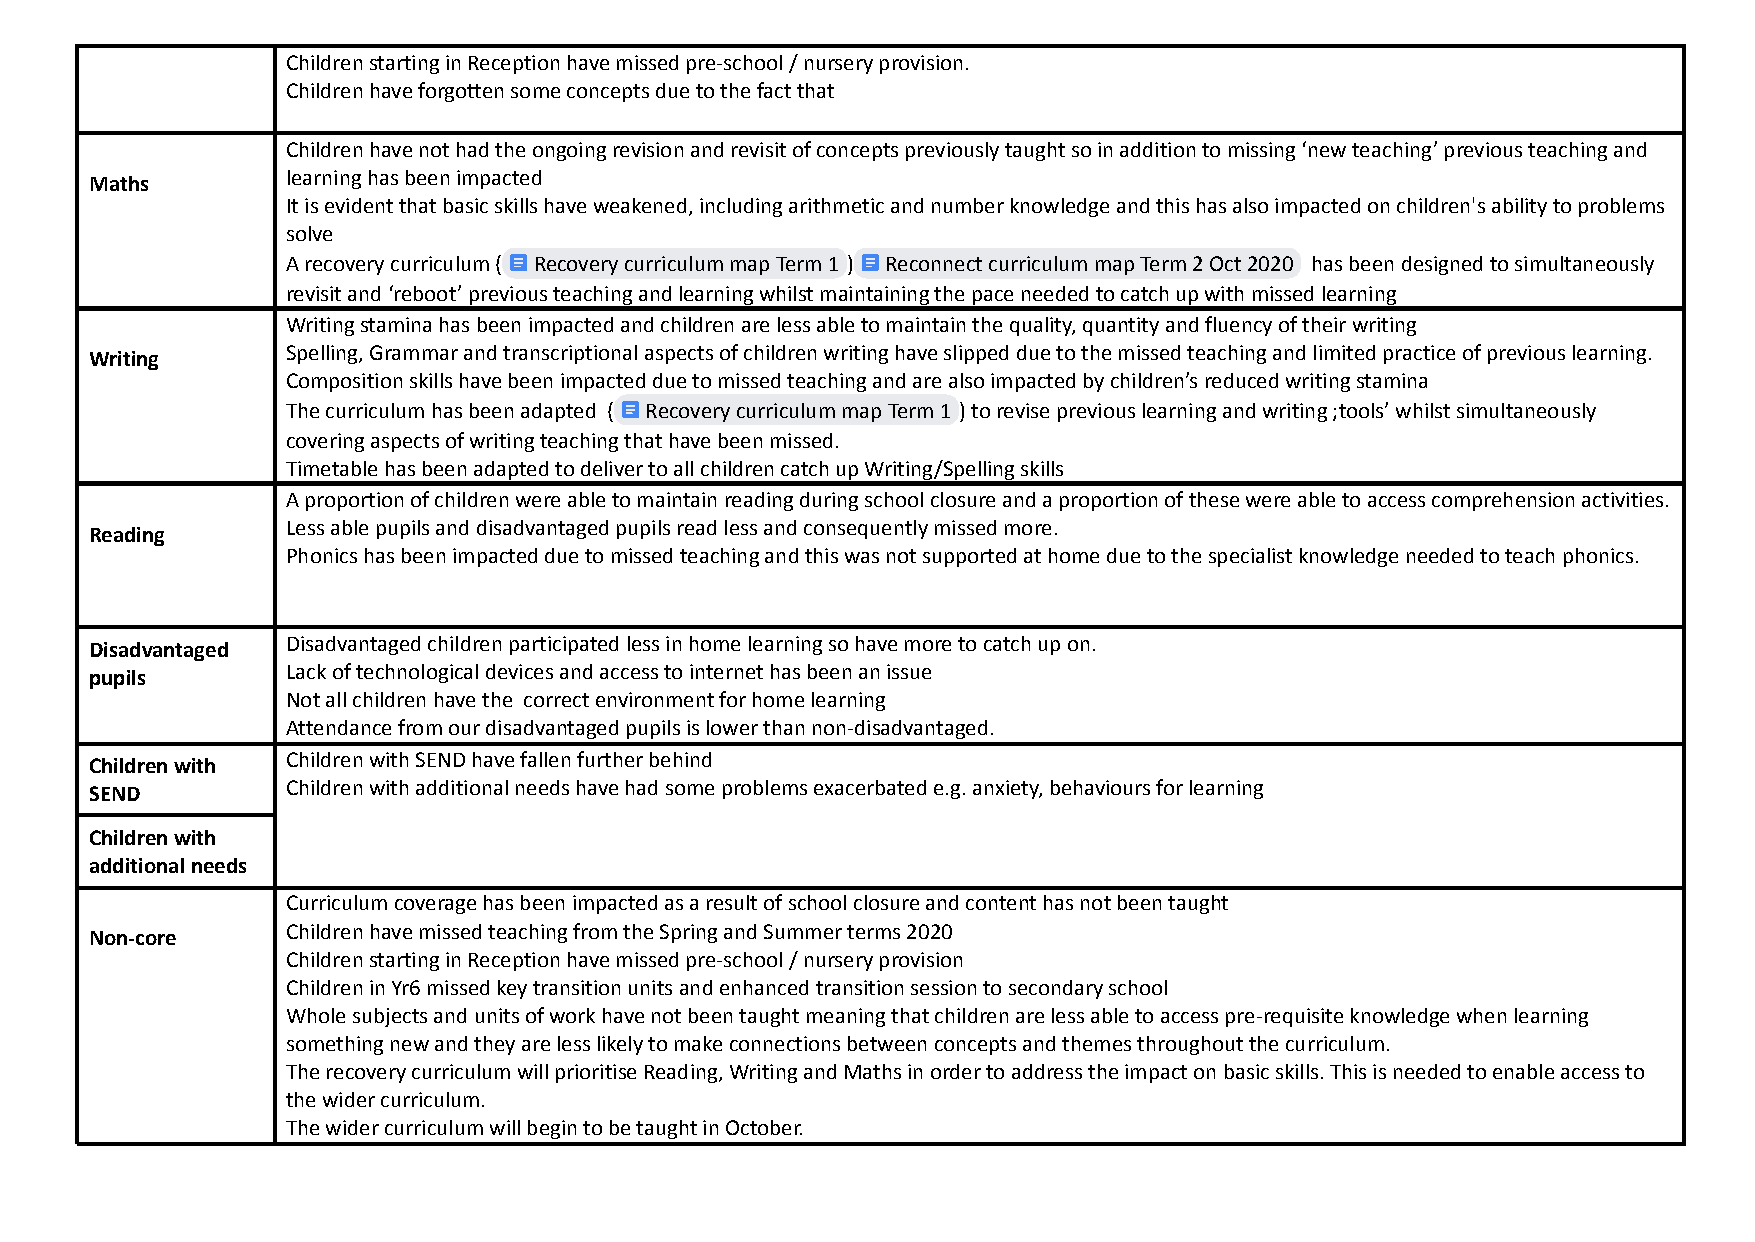
Children starting in Reception have missed pre-school / nursery provision.
 Children have forgotten some concepts due to the fact that
 Children have not had the ongoing revision and revisit of concepts previously taught so in addition to missing ‘new teaching’ previous teaching and
 Maths        learning has been impacted
 It is evident that basic skills have weakened, including arithmetic and number knowledge and this has also impacted on children's ability to problems
 solve
 A recovery curriculum ( Recovery curriculum map Term 1 ) Reconnect curriculum map Term 2 Oct 2020 has been designed to simultaneously
 revisit and ‘reboot’ previous teaching and learning whilst maintaining the pace needed to catch up with missed learning
 Writing stamina has been impacted and children are less able to maintain the quality, quantity and fluency of their writing
 Writing      Spelling, Grammar and transcriptional aspects of children writing have slipped due to the missed teaching and limited practice of previous learning.
 Composition skills have been impacted due to missed teaching and are also impacted by children’s reduced writing stamina
 The curriculum has been adapted ( Recovery curriculum map Term 1 ) to revise previouslearning and writing ;tools’ whilst simultaneously
 covering aspects of writing teaching that have been missed.
 Timetable has been adapted to deliver to all children catch up Writing/Spelling skills
 A proportion of children were able to maintain reading during school closure and a proportion of these were able to access comprehension activities.
 Reading      Less able pupils and disadvantaged pupils read less and consequently missed more.
 Phonics has been impacted due to missed teaching and this was not supported at home due to the specialist knowledge needed to teach phonics.
 Disadvantaged Disadvantaged children participated less in home learning so have more to catch up on.
 pupils       Lack of technological devices and access to internet has been an issue
 Not all children have the correct environment for home learning
 Attendance from our disadvantaged pupils is lower than non-disadvantaged.
 Children with Children with SEND have fallen further behind
 SEND         Children with additional needs have had some problems exacerbated e.g. anxiety, behaviours for learning
 Children with
 additional needs
 Curriculum coverage has been impacted as a result of school closure and content has not been taught
 Non-core     Children have missed teaching from the Spring and Summer terms 2020
 Children starting in Reception have missed pre-school / nursery provision
 Children in Yr6 missed key transition units and enhanced transition session to secondary school
 Whole subjects and units of work have not been taught meaning that children are less able to access pre-requisite knowledge when learning
 something new and they are less likely to make connections between concepts and themes throughout the curriculum.
 The recovery curriculum will prioritise Reading, Writing and Maths in order to address the impact on basic skills. This is needed to enable access to
 the wider curriculum.
 The wider curriculum will begin to be taught in October.